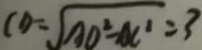
C D = \sqrt { A D ^ { 2 } - A C ^ { 2 } } = 3